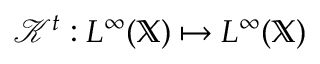
\mathcal { K } ^ { t } : L ^ { \infty } ( \mathbb { X } ) \mapsto L ^ { \infty } ( \mathbb { X } )